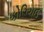
કોરિયાઈ